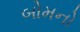
બોમનો